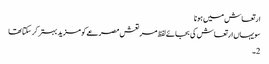
ارتعاش میں ہونا
سو یہاں ارتعاش کی بجائے لفظ مر تعش مصرعے کو مزید بہتر کر سکتا تھا
2۔